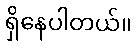
ရှိနေပါတယ်။